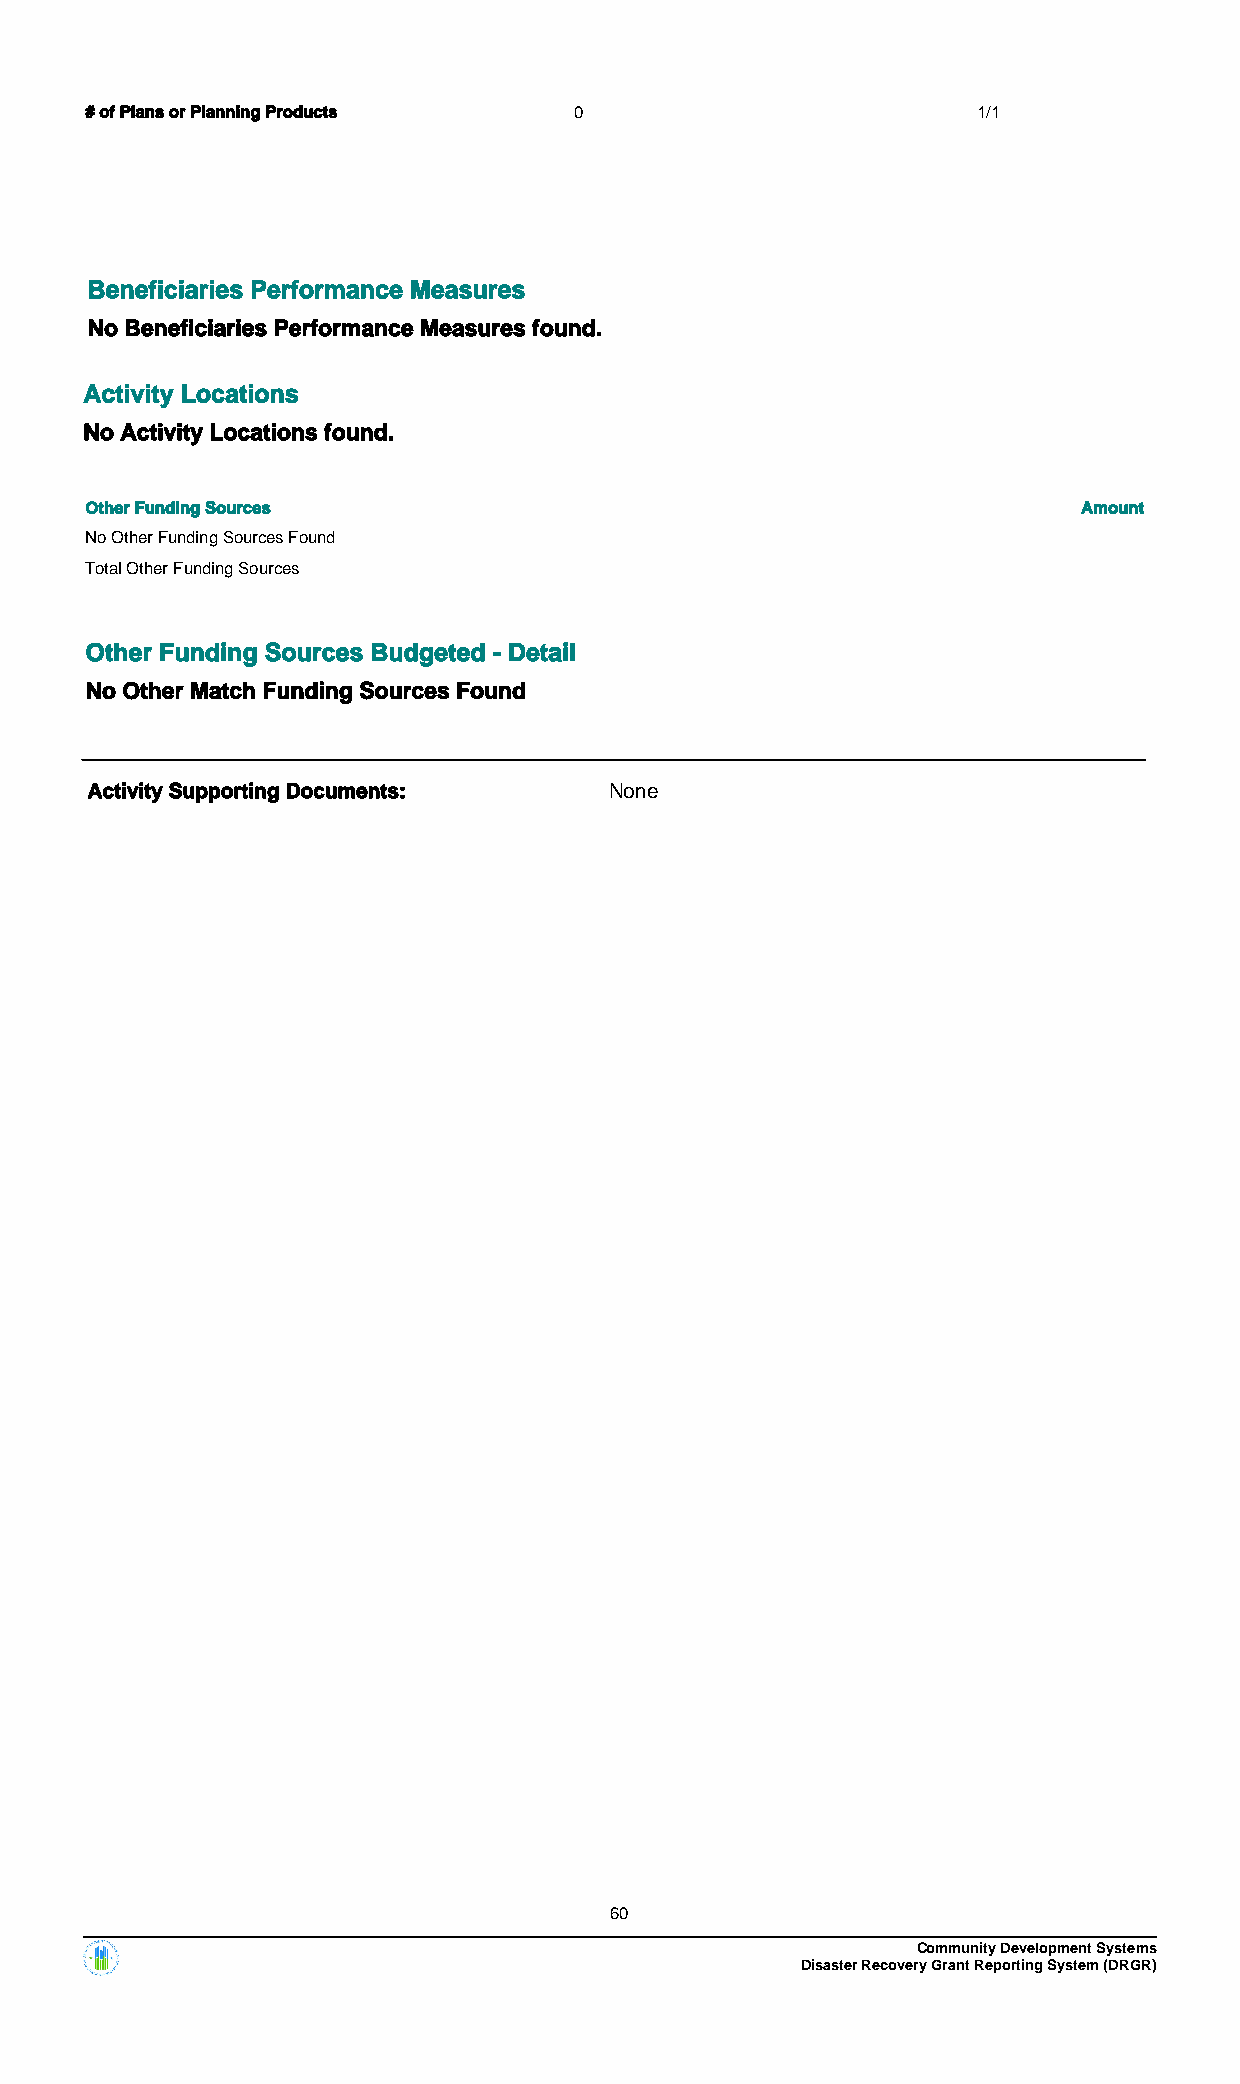
# of Plans or Planning Products 0                          1/1
 Beneficiaries Performance Measures
 No Beneficiaries Performance Measures found.
 Activity Locations
 No Activity Locations found.
 Other Funding Sources                                             Amount
 No Other Funding Sources Found
 Total Other Funding Sources
 Other Funding Sources Budgeted - Detail
 No Other Match Funding Sources Found
 Activity Supporting Documents:    None
 60
 Community Development Systems
 Disaster Recovery Grant Reporting System (DRGR)